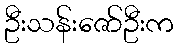
ဦးသန်းဇော်ဦးက